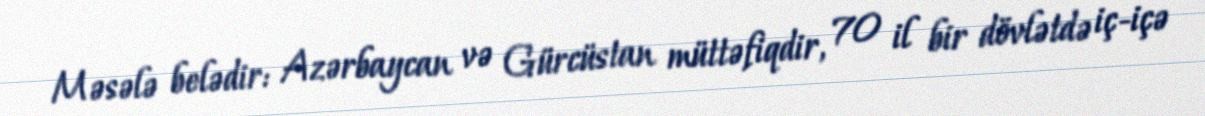
Məsələ belədir: Azərbaycan və Gürcüstan müttəfiqdir, 70 il bir dövlətdə iç-içə